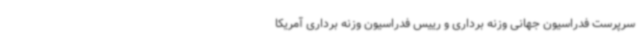
سرپرست فدراسیون جهانی وزنه برداری و رییس فدراسیون وزنه برداری آمریکا